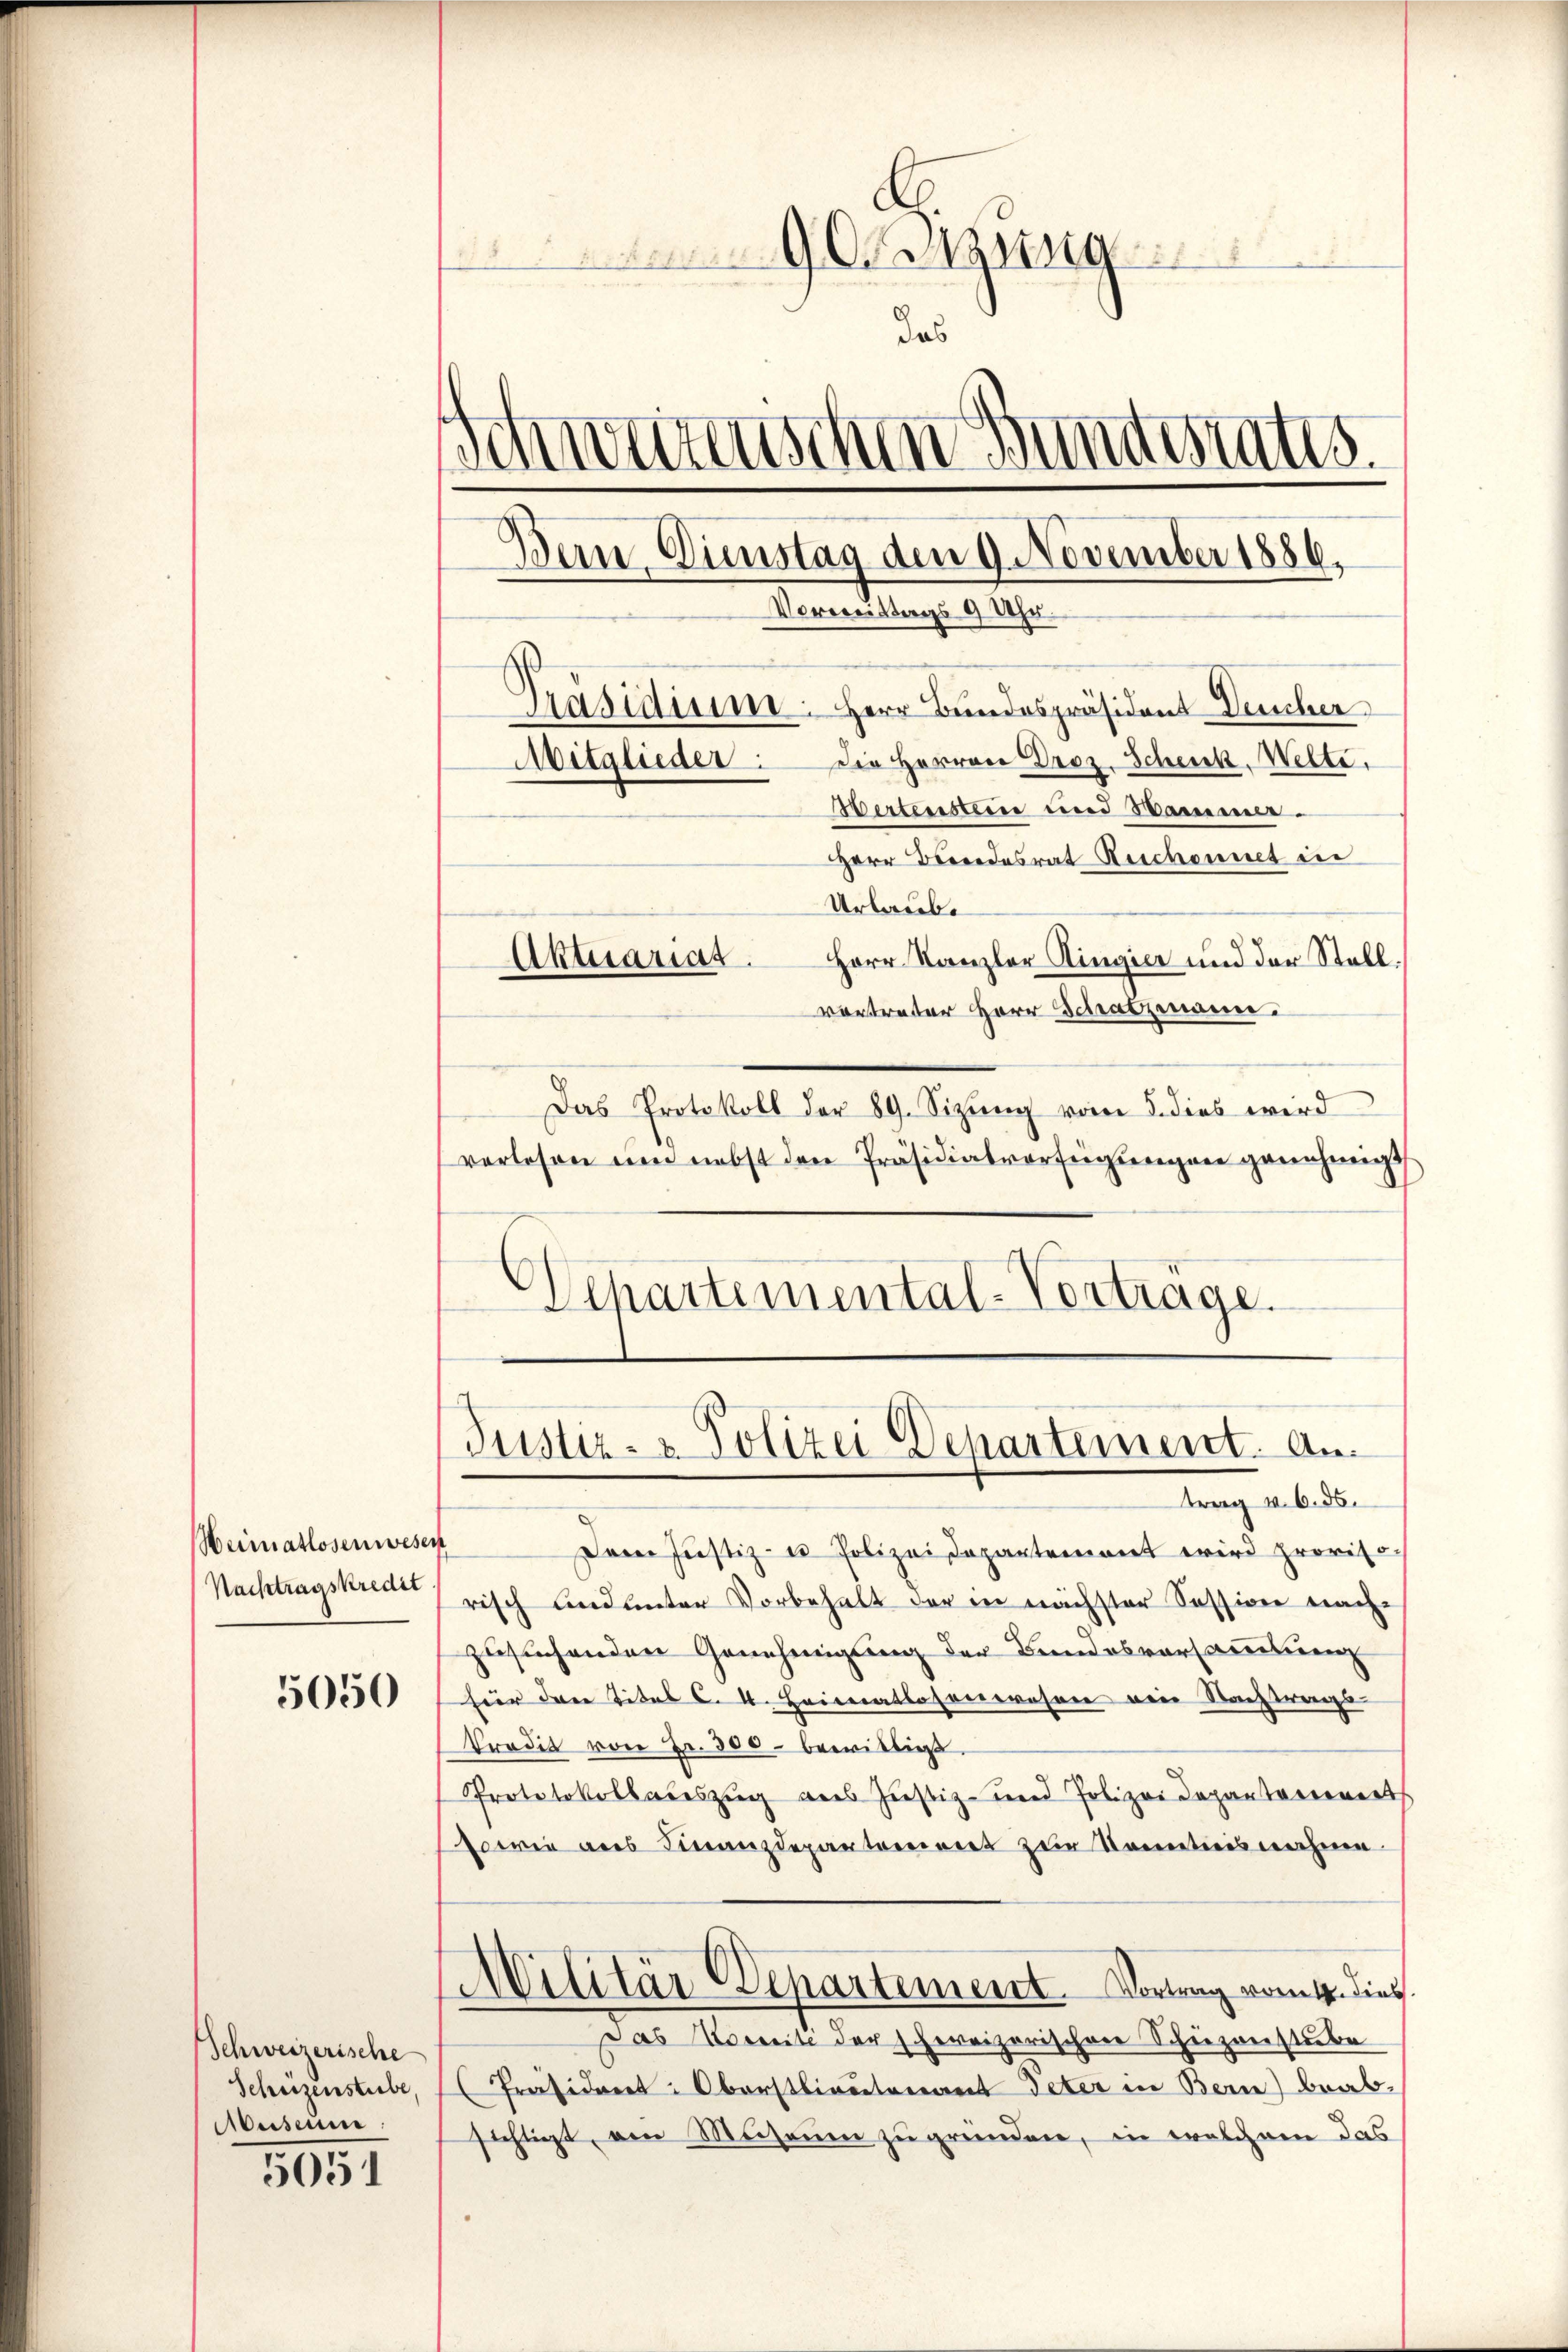
90 un
das
Schwerenschen Br
destatis.
Präsidium: Herr Bundespräsident Deucher
Mitglieder: Die Herren Droz. Schenk, Welte.
Wertensteine und Samme
HHerr Bereidesrat Reichennet in
Urlaub.
Aktuariat. Herr Kanzler Ringier und der Stall.
vortreter Herr Schatzmann.

Dern Dienstag den 9. November 1886.
Vormittags 9 Uhr.

Das Protokoll der 89. Sizung vom 5. dies wird
verlesen und nebst den Präsidialverfügŭngen genehmigt
Departemental-Vortrage.

Justiz- & Polizei Departement. An
trag v. 6. 55.

Dem Justiz- u Polizeidepartement wird proviso
risch und unter Vorbehalt der in nächster Session nach-
Militär Departement. Vortrag vom 4. dies
Das Vereite der hereizerischen Schüzenstube
Präsident: Oberstlieutenant Peter in Bern) beab-
sichtigt, von Museum zu gründen, in welchen das

Weimatlosenwesen
Nachtragskredit
5050

zusuchenden Genehmigung der Bundesvorsammlung
für den Tites C. 4. Heimatlosenwesen ein Nachtrags-
Tradit von Fr. 300 bewilligt.
Prototokollauszug aus Justiz- und Polizei Departariiert
sowie als Finanzdepartaeriret zur Kenntnisnahme

Schweizerische
Schüzenstube,
Museum

5051